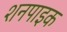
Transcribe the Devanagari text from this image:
शनपाइक